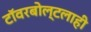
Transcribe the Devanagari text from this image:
टॉवरबोल्टलाही